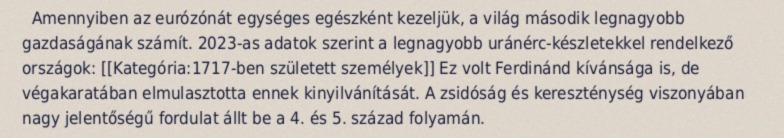
Amennyiben az eurózónát egységes egészként kezeljük, a világ második legnagyobb gazdaságának számít. 2023-as adatok szerint a legnagyobb uránérc-készletekkel rendelkező országok: [[Kategória:1717-ben született személyek]] Ez volt Ferdinánd kívánsága is, de végakaratában elmulasztotta ennek kinyilvánítását. A zsidóság és kereszténység viszonyában nagy jelentőségű fordulat állt be a 4. és 5. század folyamán.